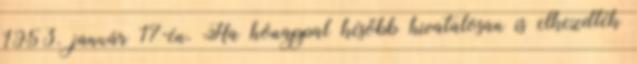
1953. január 17-én. Ha hónappal később hivatalosan is elkezdték